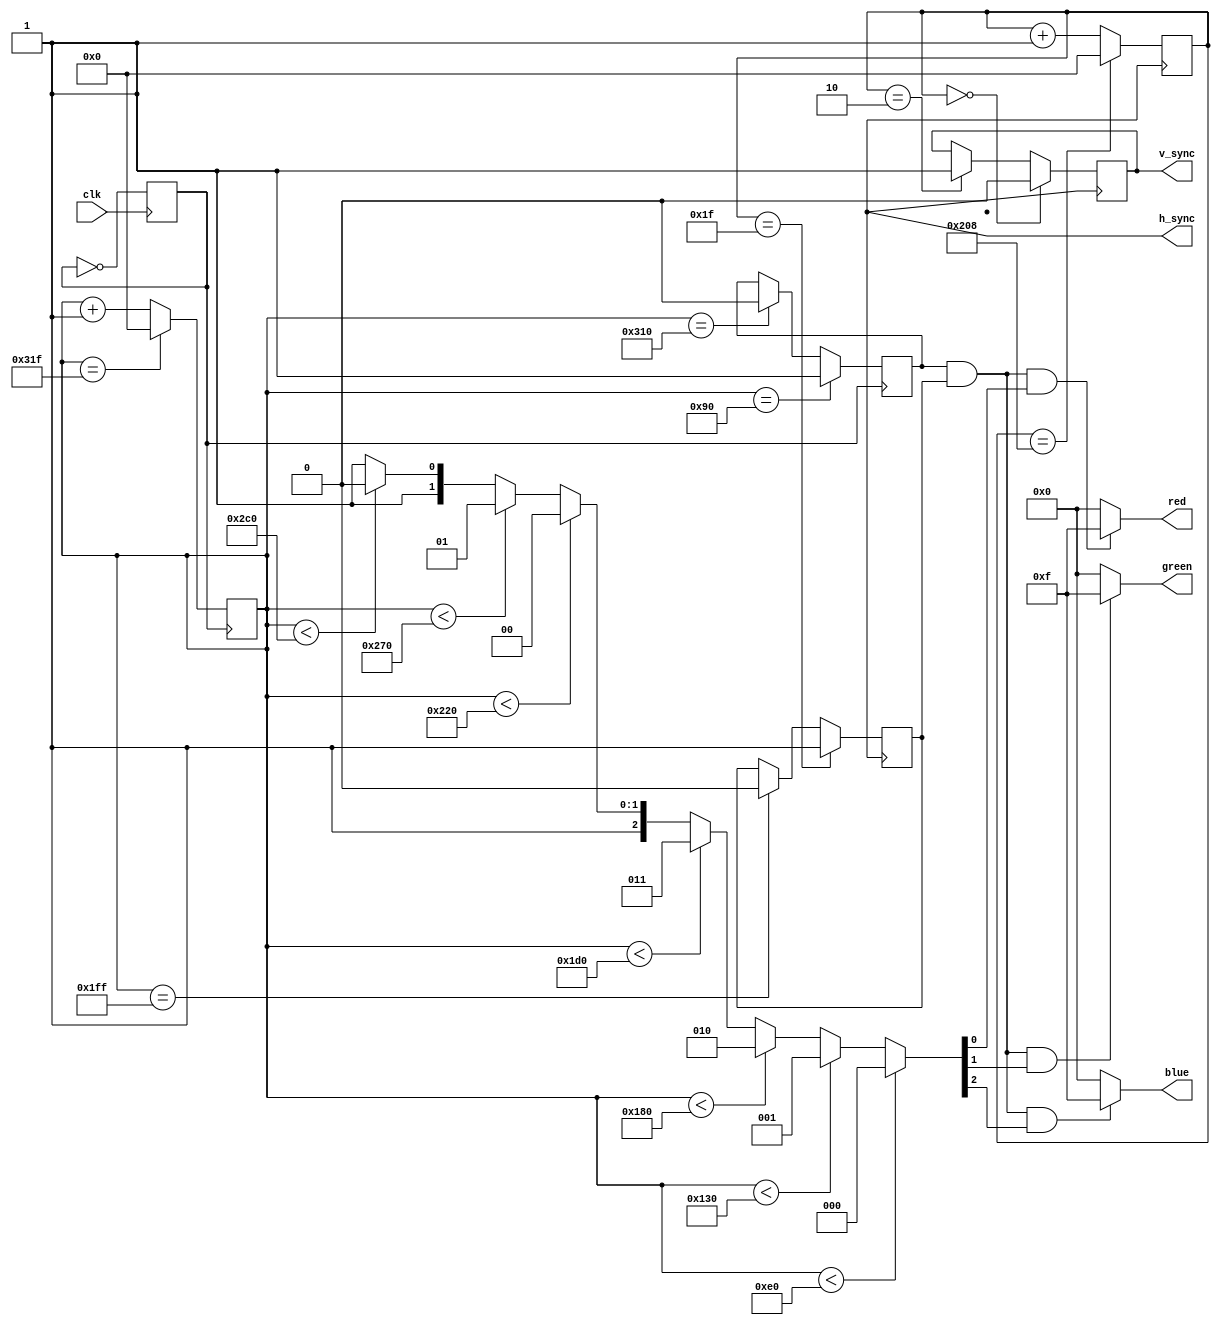
module m_color_bar(input clk, output [3:0] red, output [3:0] green, output [3:0] blue,
output v_sync, output h_sync);
	reg [9:0] hs_cnt;
	reg [9:0] vs_cnt;
	reg vga_clk, i_vs, i_hs, i_hdisp, i_vdisp;
	wire [2:0] RGB;
	
	//output signal
	assign h_sync=i_hs;
	assign v_sync=i_vs;
	assign red=(i_hdisp && i_vdisp && RGB[0]) ? 4'hf : 4'd0;
	assign green =(i_hdisp && i_vdisp && RGB[1]) ? 4'hf : 4'd0;
	assign blue = (i_hdisp && i_vdisp && RGB[2])? 4'hf : 4'd0;
	
	//vga clock
	always @(posedge clk) begin
		vga_clk=~vga_clk;
	end
	
	//hs_counter
	always @(posedge vga_clk) begin
		if(hs_cnt==10'd799)
			hs_cnt=10'd0;
		else
			hs_cnt=hs_cnt+1;
	end
	
	//h-sync
	always @(posedge vga_clk) begin
		if(hs_cnt==10'd144) 
			i_hdisp=1'b1;
		else if(hs_cnt==10'd784)
			i_hdisp=1'b0;
		else
			i_hdisp=i_hdisp;
	end
	
	//vs_counter
	always @(posedge i_hs) begin
		if(vs_cnt==10'd520)
			vs_cnt=10'd0;
		else
			vs_cnt=vs_cnt+1;
	end
	
	//v-sync
	always @(posedge i_hs) begin
		if(vs_cnt==10'd0) 
			i_vs=1'b0;
		else if (vs_cnt==10'd2)
			i_vs=1'b1;
		else
			i_vs=i_vs;
			
	end
	
	
	//v-disp
	always @(posedge i_hs) begin
		if(vs_cnt==10'd31)
			i_vdisp=1'b1;
		else if (hs_cnt==10'd511)
			i_vdisp=1'b0;
		else
			i_vdisp=i_vdisp;
	end
	
	//RGB
	assign RGB=(hs_cnt<10'd224) ? 3'd0:
		(hs_cnt<10'd304) ? 3'd1 :
		(hs_cnt<10'd384) ? 3'd2 :
		(hs_cnt<10'd464) ? 3'd3 :
		(hs_cnt<10'd544) ? 3'd4 :
		(hs_cnt<10'd624) ? 3'd5 :
		(hs_cnt<10'd704) ? 3'd6 : 3'd7;
		
endmodule